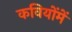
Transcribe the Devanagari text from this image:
कवियोंमें